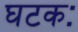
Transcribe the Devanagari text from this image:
घटकः